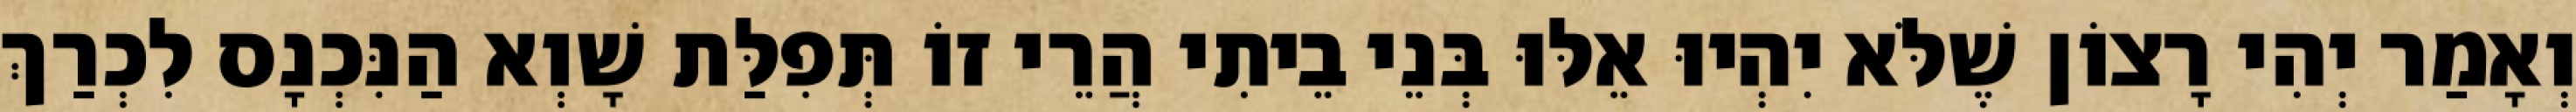
וְאָמַר יְהִי רָצוֹן שֶׁלֹּא יִהְיוּ אֵלּוּ בְּנֵי בֵיתִי הֲרֵי זוֹ תְּפִלַּת שָׁוְא הַנִּכְנָס לִכְרַךְ